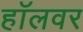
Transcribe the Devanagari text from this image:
हॉलवर